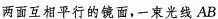
两面互相平行的镜面，一束光线AB